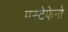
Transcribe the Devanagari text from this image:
एस्टेफेनो